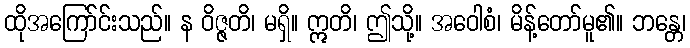
ထိုအကြော်င်းသည်။ န ဝိဇ္ဇတိ၊ မရှိ။ ဣတိ၊ ဤသို့။ အဝေါစံ၊ မိန့်တော်မူ၏။ ဘန္တေ၊